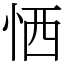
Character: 恓